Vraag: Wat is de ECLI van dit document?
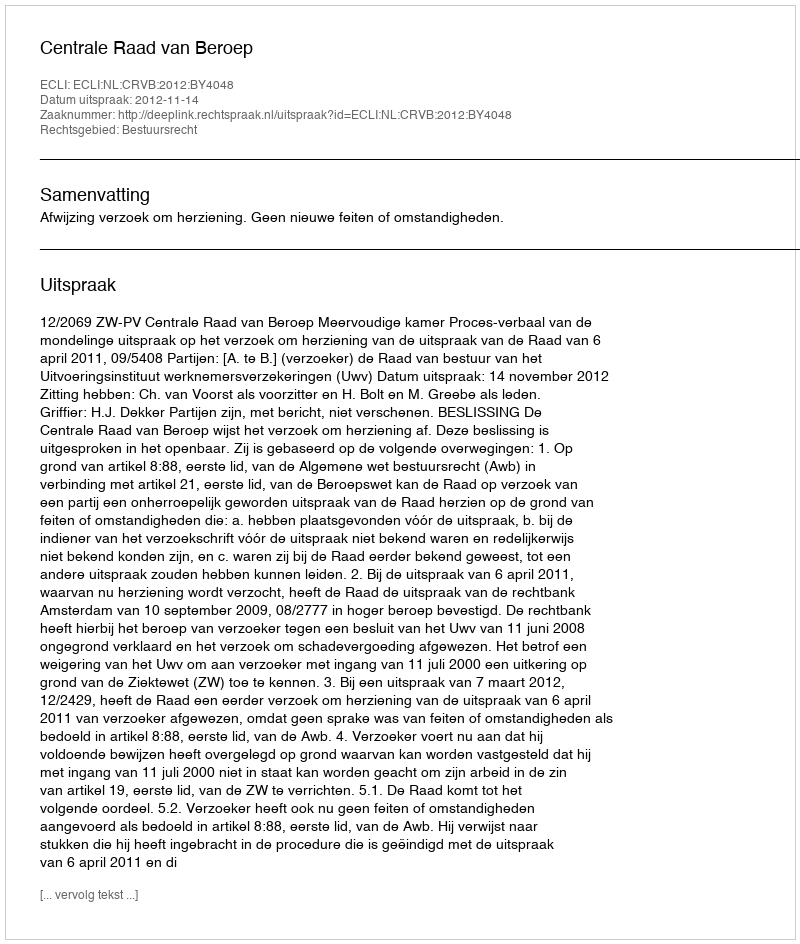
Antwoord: ECLI:NL:CRVB:2012:BY4048